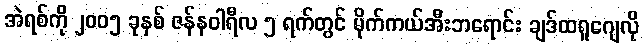
အဲရစ်ကို ၂၀၀၅ ခုနှစ် ဇန်နဝါရီလ ၅ ရက်တွင် မိုက်ကယ်အီးဘရောင်း ချဒ်ထရူဂျေလို